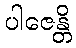
ပါဇေန္တိ